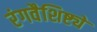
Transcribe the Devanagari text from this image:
रंगवैशिष्ट्ये